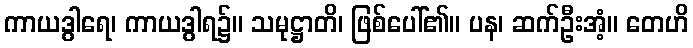
ကာယဒွါရေ၊ ကာယဒွါရ၌။ သမုဋ္ဌာတိ၊ ဖြစ်ပေါ်၏။ ပန၊ ဆက်ဦးအံ့။ တေဟိ